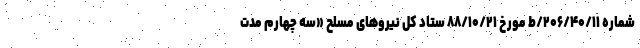
شماره ۲۰۶/۴۰/۱۱/ط مورخ ۸۸/۱۰/۲۱ ستاد کل نیروهای مسلح «سه چهارم مدت